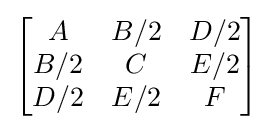
{\begin{bmatrix}A&B/2&D/2\\B/2&C&E/2\\D/2&E/2&F\end{bmatrix}}